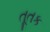
તૂતક